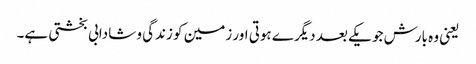
یعنی وہ بارش جو یکے بعد دیگرے ہوتی اور زمین کو زندگی و شادابی بخشتی ہے۔